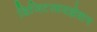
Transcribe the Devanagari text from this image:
डिजिटलायझेशन